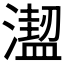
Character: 𣿣